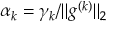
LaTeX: \alpha _ { k } = \gamma _ { k } / \lVert g ^ { ( k ) } \rVert _ { 2 }